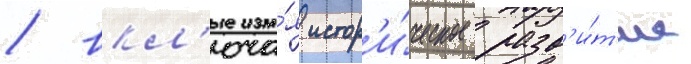
/ вкл'юча́я истор'и́ческое разв'и́т'ие